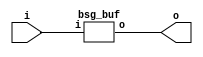
// This program was cloned from: https://github.com/chipsalliance/UHDM-integration-tests
// License: Apache License 2.0



module top
(
  i,
  o
);

  input [15:0] i;
  output [15:0] o;

  bsg_buf
  wrapper
  (
    .i(i),
    .o(o)
  );


endmodule



module bsg_buf
(
  i,
  o
);

  input [15:0] i;
  output [15:0] o;
  wire [15:0] o;
  assign o[15] = i[15];
  assign o[14] = i[14];
  assign o[13] = i[13];
  assign o[12] = i[12];
  assign o[11] = i[11];
  assign o[10] = i[10];
  assign o[9] = i[9];
  assign o[8] = i[8];
  assign o[7] = i[7];
  assign o[6] = i[6];
  assign o[5] = i[5];
  assign o[4] = i[4];
  assign o[3] = i[3];
  assign o[2] = i[2];
  assign o[1] = i[1];
  assign o[0] = i[0];

endmodule